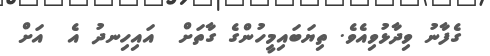
ގެފާނު ވިދާޅުވިއެވެ. ތިޔަބައިމީހުންގެ ގާތަށް  އައިހިނދު އެ  އަށް